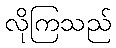
လိုကြသည်